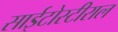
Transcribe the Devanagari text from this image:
साईटोस्टीराल